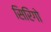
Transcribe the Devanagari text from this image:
सिरिंगो